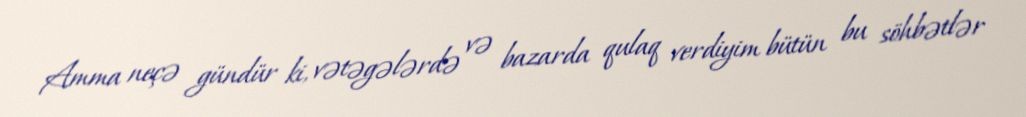
Amma neçə gündür ki, vətəgələrdə və bazarda qulaq verdiyim bütün bu söhbətlər